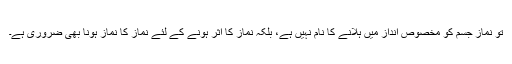
تو نماز جسم کو مخصوص انداز میں ہلانے کا نام نہیں ہے، بلکہ نماز کا اثر ہونے کے لئے نماز کا نماز ہونا بھی ضروری ہے۔